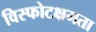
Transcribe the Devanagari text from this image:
विस्फोटक्षमता